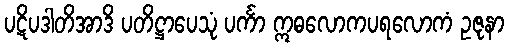
ပဋိပဒါတိအာဒိ ပတိဋ္ဌာပေသုံ ပင်္ကာ ဣဓလောကပရလောကံ ဥဇုနာ